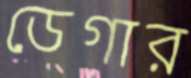
ডেগার